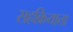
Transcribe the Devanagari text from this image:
सहक्रियाता